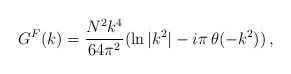
\begin{align*}G^F (k) = {N^2 k^4\over 64 \pi^2} (\ln{|k^2|} - i\pi\, \theta (-k^2))\,,\end{align*}